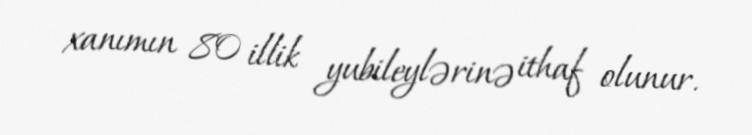
xanımın 80 illik yubileylərinə ithaf olunur.